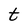
Character: t